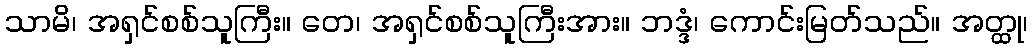
သာမိ၊ အရှင်စစ်သူကြီး။ တေ၊ အရှင်စစ်သူကြီးအား။ ဘဒ္ဒံ၊ ကောင်းမြတ်သည်။ အတ္ထု၊